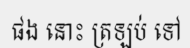
ផង នោះ ត្រឡប់ ទៅ